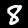
Digit: 8